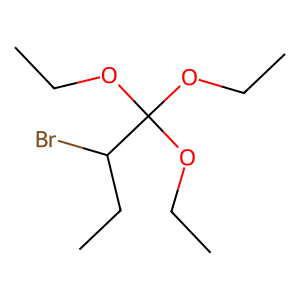
SMILES: CCOC(OCC)(OCC)C(Br)CC
Inhibits HIV replication: No